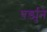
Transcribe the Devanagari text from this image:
पर्ड्युने